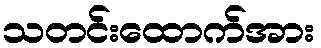
သတင်းထောက်အား